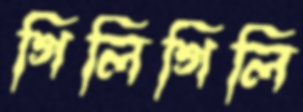
গিলিগিলি